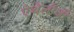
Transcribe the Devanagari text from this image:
एंथेलॉजी